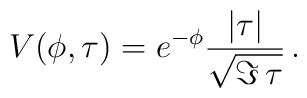
V(\phi,\tau) = e^{- \phi} {|\tau |\over\sqrt{\Im\,\tau}} \,.